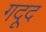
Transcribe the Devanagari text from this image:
गदूद